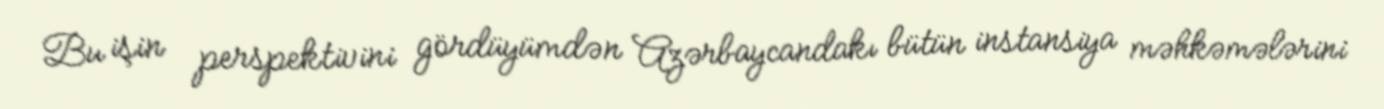
Bu işin perspektivini gördüyümdən Azərbaycandakı bütün instansiya məhkəmələrini